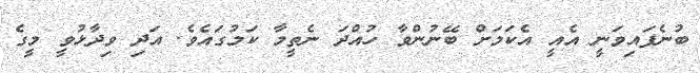
ބުނެފައިވަނީ އެއީ އެކަމަށް ބޭނުންވާ ހުއްދަ ނެތީމާ ކަމުގައެވެ. އަދި ވިދާޅުވީ މީގެ